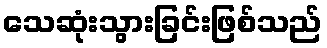
သေဆုံးသွားခြင်းဖြစ်သည်